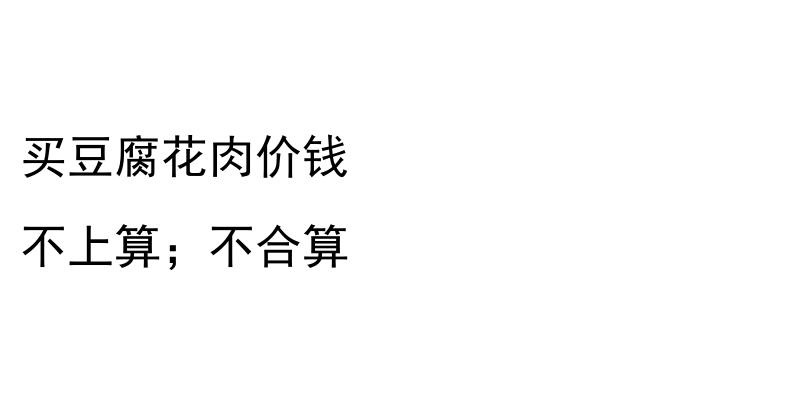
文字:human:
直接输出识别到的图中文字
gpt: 买豆腐花肉价钱 不上算；不合算